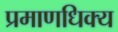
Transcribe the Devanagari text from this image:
प्रमाणधिक्य